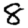
Digit: 8